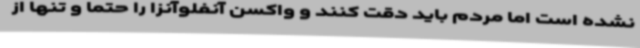
نشده است اما مردم باید دقت کنند و واکسن آنفلوآنزا را حتما و تنها از